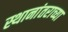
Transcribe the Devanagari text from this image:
स्थानांतराच्या